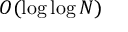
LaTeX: O ( \log \log N )